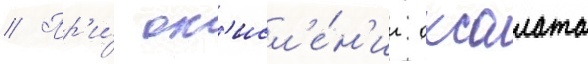
// Пр'и́ ок'исл'е́н'ии оксалата